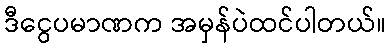
ဒီငွေပမာဏက အမှန်ပဲထင်ပါတယ်။